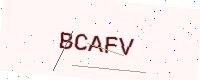
Text: BCAFV